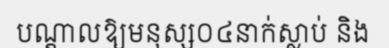
បណ្តាលឱ្យមនុស្ស០៤នាក់ស្លាប់ និង